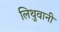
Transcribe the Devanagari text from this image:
लिथुवानी